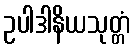
ဥပါဒါနိယသုတ္တံ